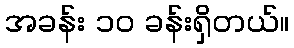
အခန်း ၁၀ ခန်းရှိတယ်။